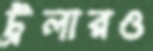
ট্রলারও